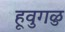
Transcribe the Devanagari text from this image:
हूवुगळु